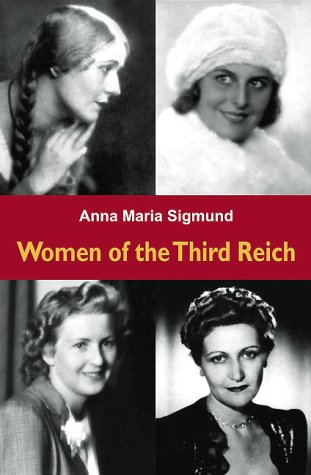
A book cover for Women of the Third Reich; Anna Maria Sigmund; Politics & Social Sciences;